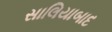
સાલિયાબાદ